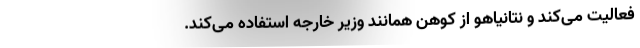
فعالیت می‌کند و نتانیاهو از کوهن همانند وزیر خارجه استفاده می‌کند.